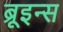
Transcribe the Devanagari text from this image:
ब्रूइन्स